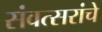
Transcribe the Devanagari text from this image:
संवत्सरांचे